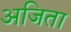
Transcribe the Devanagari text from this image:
अजिता